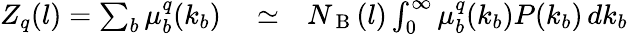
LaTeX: \begin{array}{rlr}{Z_{q}(l)=\sum_{b}\mu_{b}^{q}(k_{b})}&{{}\simeq}&{N_{\mathrm{~B~}}(l)\int_{0}^{\infty}\mu_{b}^{q}(k_{b})P(k_{b})\, dk_{b}}\end{array}